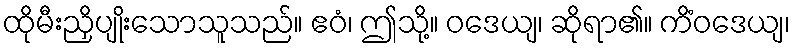
ထိုမီးညှိပျိုးသောသူသည်။ ဧဝံ၊ ဤသို့။ ဝဒေယျ၊ ဆိုရာ၏။ ကိံဝဒေယျ၊